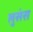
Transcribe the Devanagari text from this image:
लुसंस